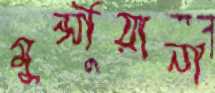
মুন্সীয়ানা